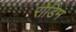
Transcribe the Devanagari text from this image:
रोडिम